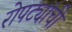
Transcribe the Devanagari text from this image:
रोपट्यांची